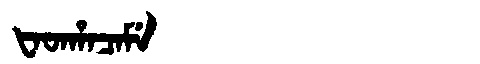
Manchu: ᡶᠠᡨᡥᠠᠴᠠᠮᡝ
Romanization: FATHACAME